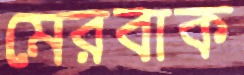
মেরবাক